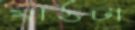
মাঠটা